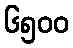
၆၅၀၀